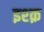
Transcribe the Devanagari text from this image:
इश्‍क़